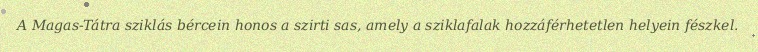
A Magas-Tátra sziklás bércein honos a szirti sas, amely a sziklafalak hozzáférhetetlen helyein fészkel.